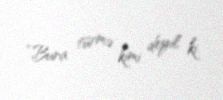
“Bura türmə kimi deyil ki.